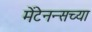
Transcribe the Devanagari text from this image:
मेंटेनन्सच्या